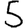
Digit: 5